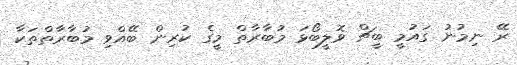
ރޭ ނިމުނު ގައުމީ ބީޗް ވޮލީބޯޅަ މުބާރާތް މީގެ ކުރިން ބޭއްވި މުބާރާތްތަކާ